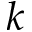
k